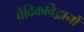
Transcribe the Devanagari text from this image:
वैदिकविद्वानों